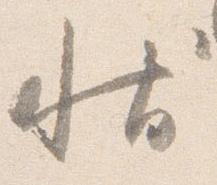
状